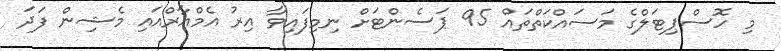
މި ހޮސްޕިޓަލްގެ މަސައްކަތްތައް 95 ޕަސެންޓަށް ނިމިފައިވާ އިރު އެމްއާރްއައި މެޝިން ފަދަ